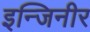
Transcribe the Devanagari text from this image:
इन्जिनीर